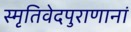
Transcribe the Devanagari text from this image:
स्मृतिवेदपुराणानां